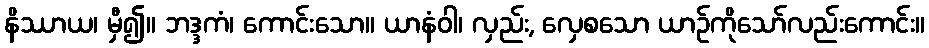
နိဿာယ၊ မှီ၍။ ဘဒ္ဒကံ၊ ကောင်းသော။ ယာနံဝါ၊ လှည်း, လှေစသော ယာဉ်ကိုသော်လည်းကောင်း။